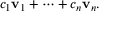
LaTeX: c _ { 1 } \mathbf { v } _ { 1 } + \cdots + c _ { n } \mathbf { v } _ { n } .